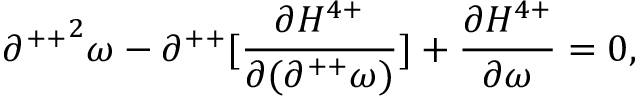
{ \partial ^ { + + } } ^ { 2 } \omega - \partial ^ { + + } [ \frac { \partial H ^ { 4 + } } { \partial ( \partial ^ { + + } \omega ) } ] + \frac { \partial H ^ { 4 + } } { \partial \omega } = 0 ,